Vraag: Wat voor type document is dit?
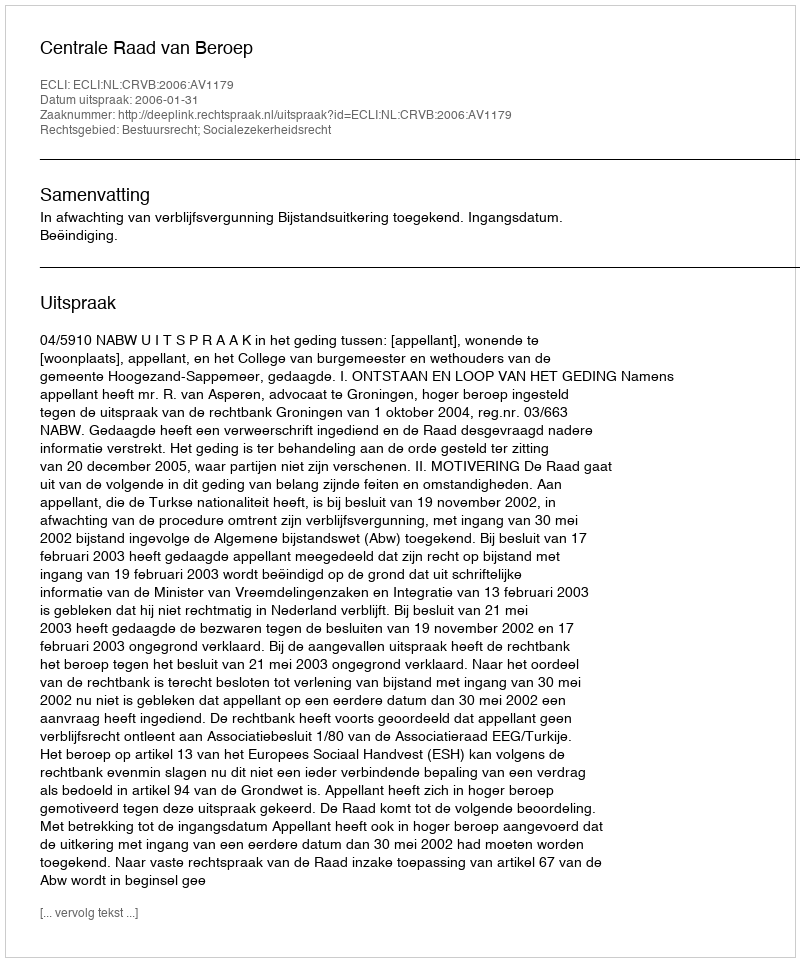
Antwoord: Uitspraak